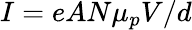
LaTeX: I=eAN\mu_{p}V/d